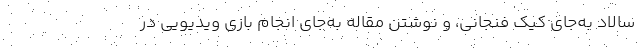
سالاد به‌جای کیک فنجانی، و نوشتن مقاله به‌جای انجام بازی ویدیویی در